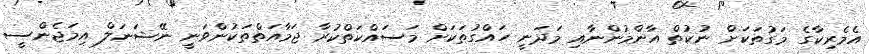
އެމެރިކާގެ މަގުތަކަށް ނުކުތް އާންމުންނާއި މަދަނީ ހައްގުތަކަށް މަސައްކަތްކުރާ ޖަމާއަތްތަކުންވަނީ ނޭޝަނަލް އިމަޖެންސީ